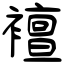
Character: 襢